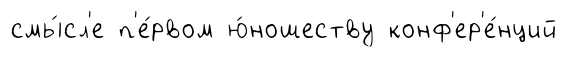
смы́сл'е п'е́рвом ю́ношеству конф'ер'е́нций